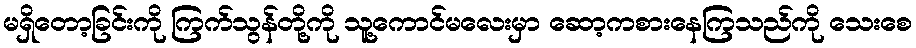
မရှိတော့ခြင်းကို ကြက်သွန်တို့ကို သူ့ကောင်မလေးမှာ ဆော့ကစားနေကြသည်ကို သေးစေ